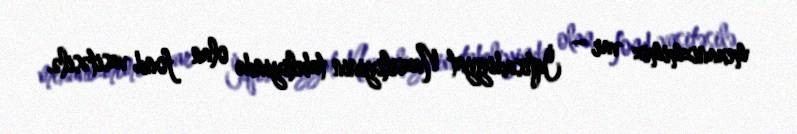
mexanizmimiz var – İqtisadiyyat Nazirliyinin tabeliyində olan fond vasitəsilə.